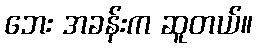
ဘေး အခန်းက ဆူတယ်။